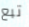
تبع